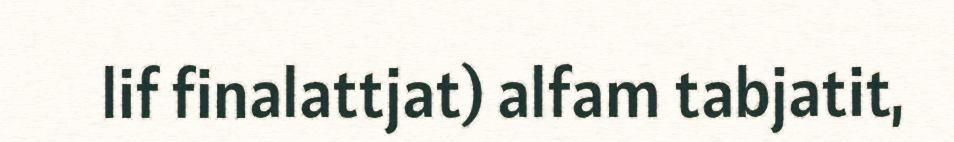
lif finalattjat) alfam tabjatit,